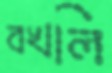
বখলি